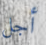
أجل